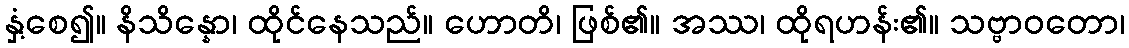
နှံ့စေ၍။ နိသိန္နော၊ ထိုင်နေသည်။ ဟောတိ၊ ဖြစ်၏။ အဿ၊ ထိုရဟန်း၏။ သဗ္ဗာဝတော၊